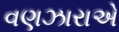
વણઝારાએ